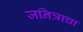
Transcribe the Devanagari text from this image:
जनित्राचा